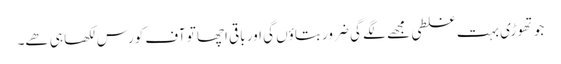
جو تھوڑی بہت غلطی مجھے لگے گی ضرور بتاؤں گی اور باقی اچھا تو آف کورس لکھا ہی ھے۔